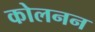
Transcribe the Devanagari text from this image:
कोलनन